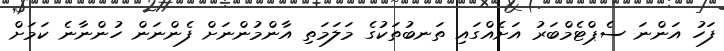
ފަހު އަންނަ ސެޕްޓެމްބަރު އަށެއްގައި ތަނބުތަކުގެ މަލަމަތި އާންމުންނަށް ފެންނަން ހުންނާނެ ކަމަށް